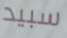
سبيد